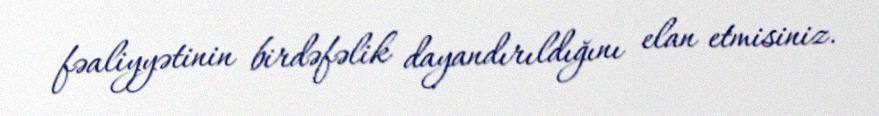
fəaliyyətinin birdəfəlik dayandırıldığını elan etmisiniz.